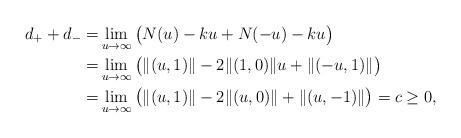
LaTeX: \begin{align*}d_++d_-=&\lim_{u\to\infty}\big(N(u)-ku+N(-u)-ku\big) \\ =&\lim_{u\to\infty}\big(\|(u,1)\|-2\|(1,0)\|u+\|(-u,1)\|\big) \\ =&\lim_{u\to\infty}\big(\|(u,1)\|-2\|(u,0)\|+\|(u,-1)\|\big)=c\ge0, \end{align*}